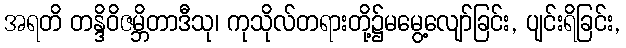
အရတိ တန္ဒိဝိဇမ္ဘိတာဒီသု၊ ကုသိုလ်တရားတို့၌မမွေ့လျော်ခြင်း, ပျင်းရိခြင်း,